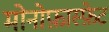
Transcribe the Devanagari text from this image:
मोनोफ़ास्फ़ेट